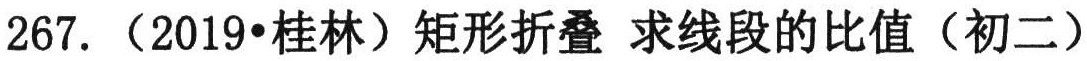
267. （2019•桂林）矩形折叠 求线段的比值（初二）